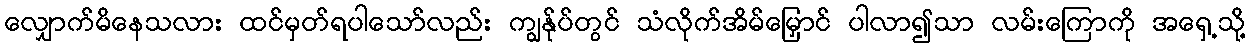
လျှောက်မိနေသလား ထင်မှတ်ရပါသော်လည်း ကျွန်ုပ်တွင် သံလိုက်အိမ်မြှောင် ပါလာ၍သာ လမ်းကြောကို အရှေ့သို့